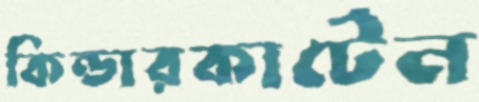
কিন্ডারকার্টেন